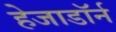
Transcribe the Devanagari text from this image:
हेजाडॉर्न